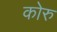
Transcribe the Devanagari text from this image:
कोरु